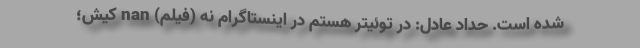
شده است. حداد عادل: در توئیتر هستم در اینستاگرام نه (فیلم) nan کیش؛